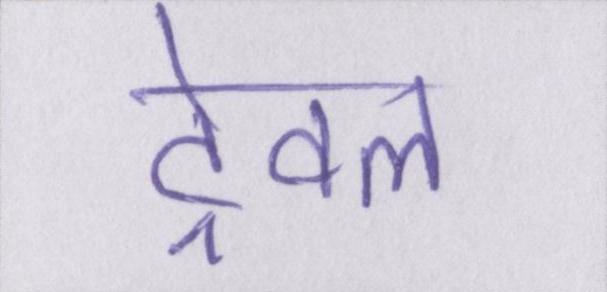
ट्रेवल